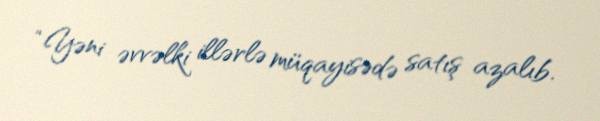
“Yəni əvvəlki illərlə müqayisədə satış azalıb.